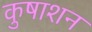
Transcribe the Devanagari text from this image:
कुषाशन